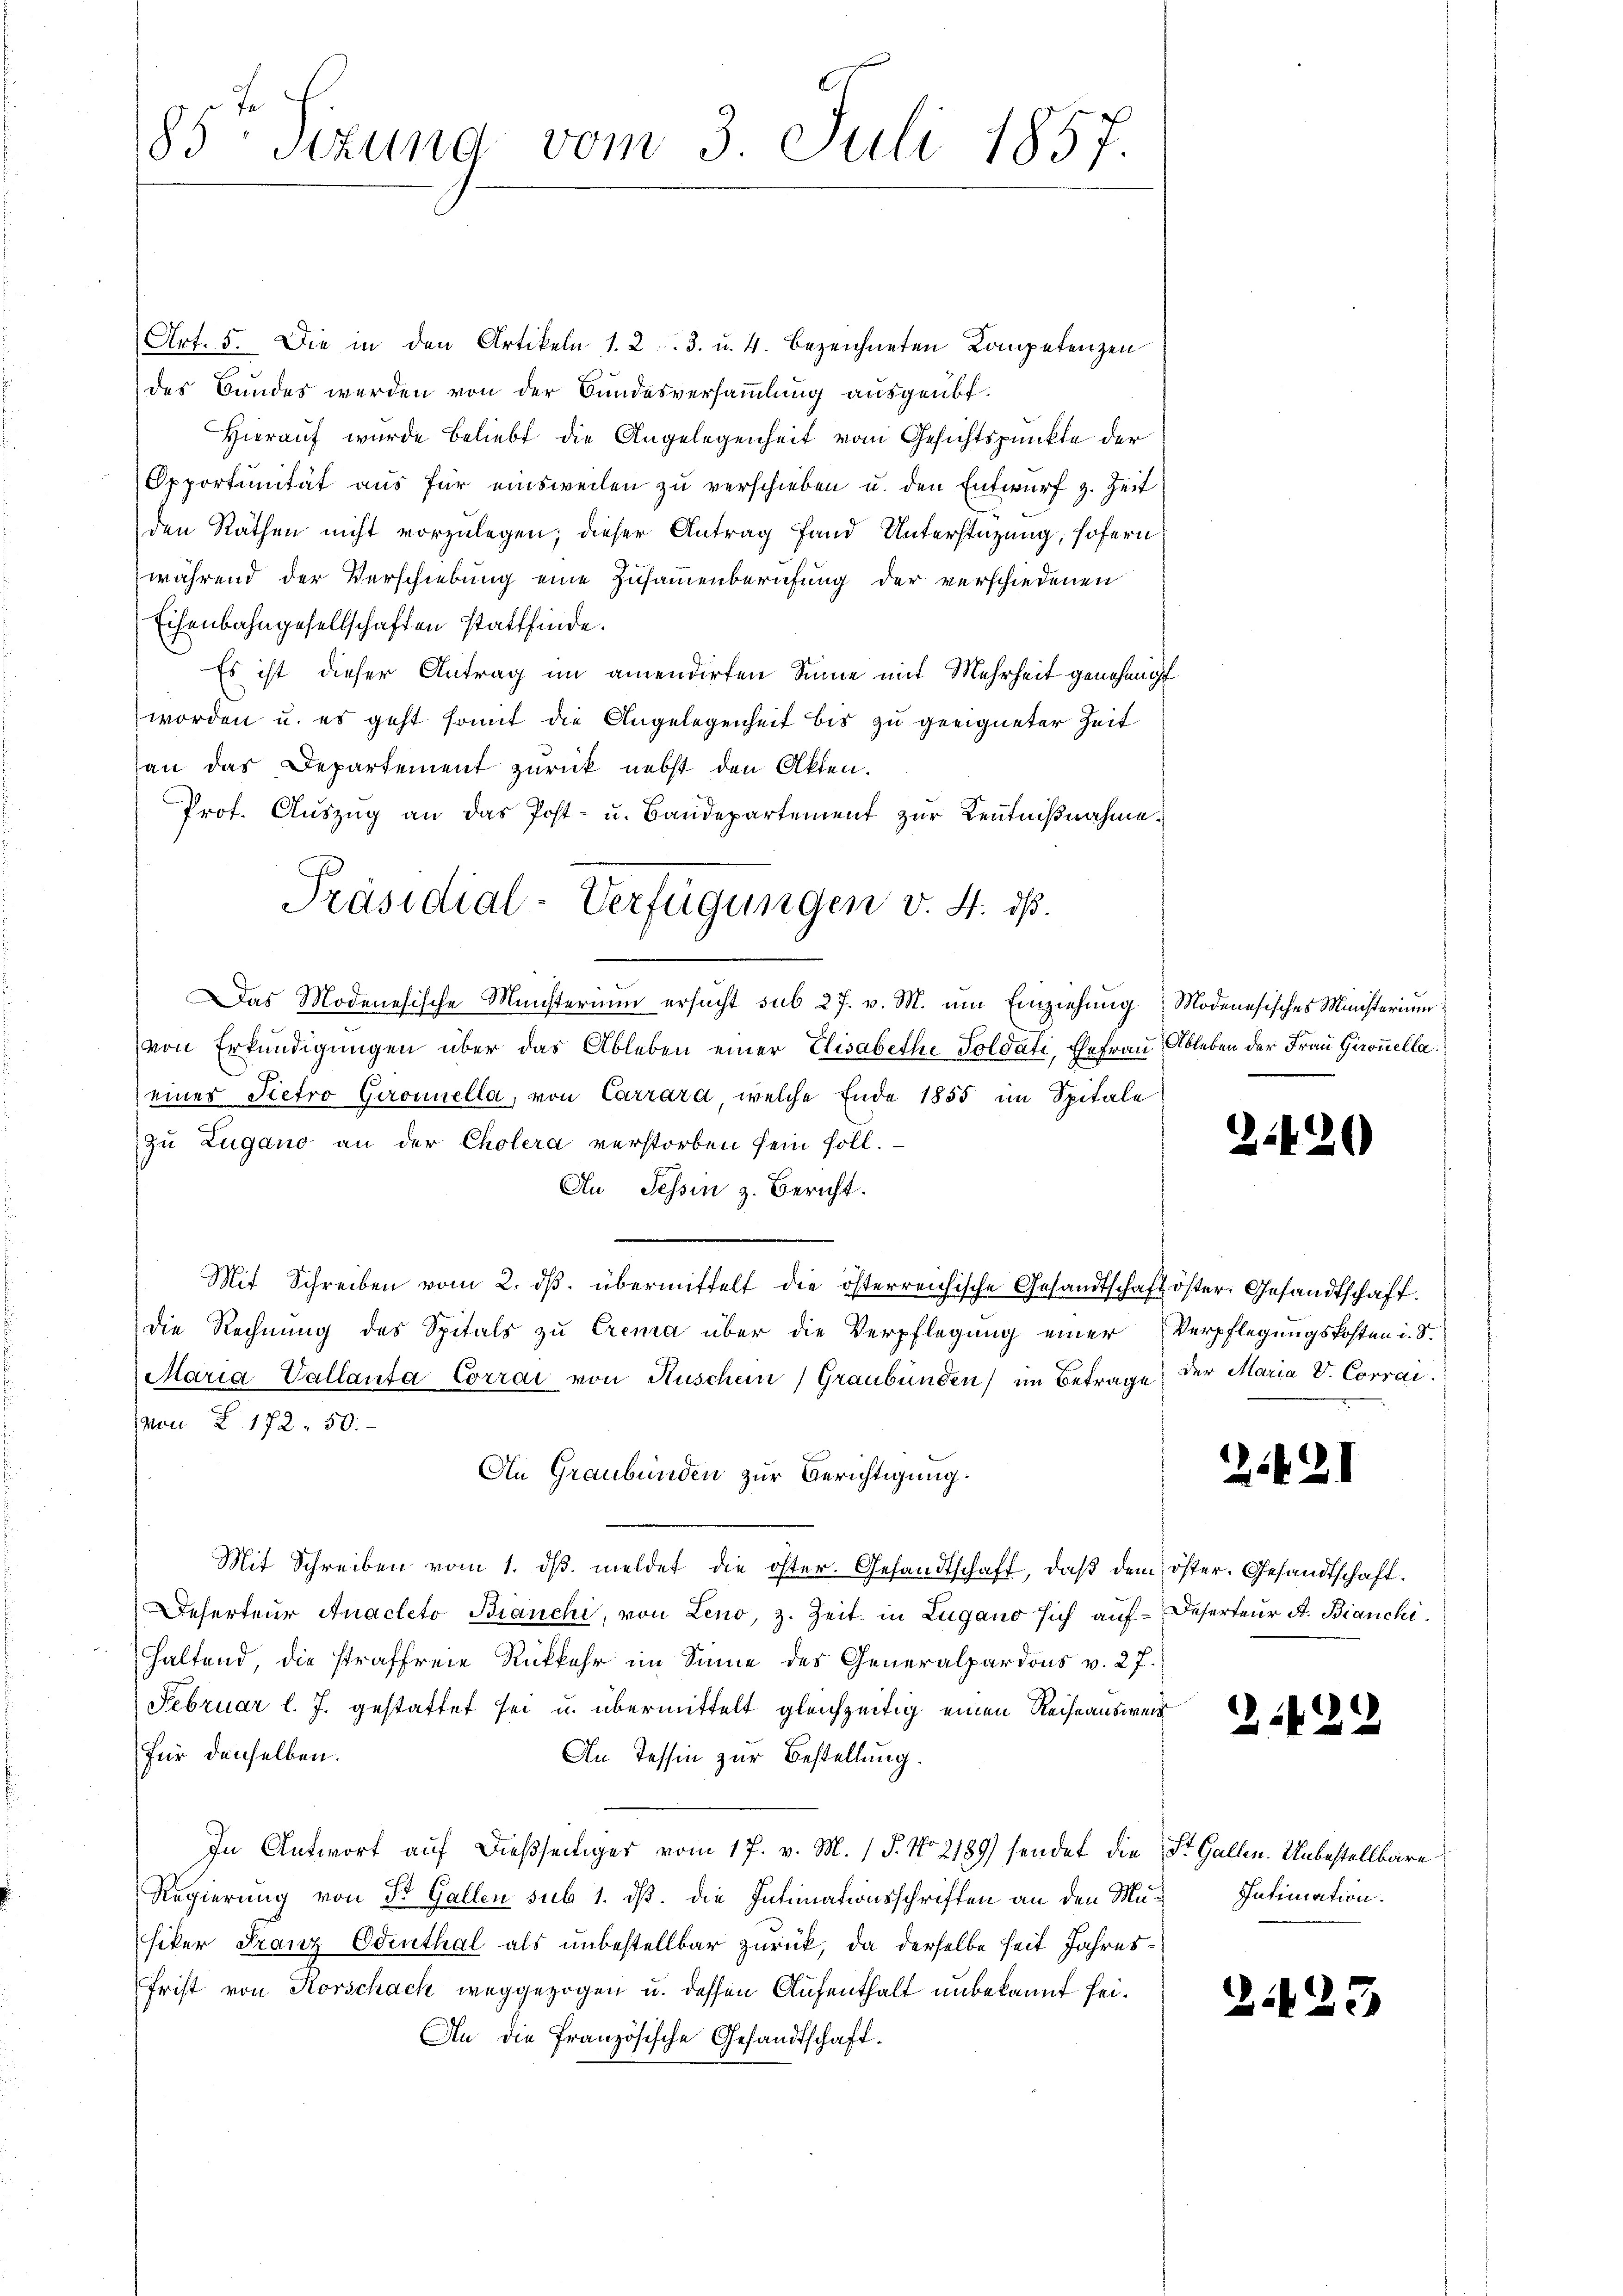
85 sizung vom 3. Juli 1857.

Art. 5. Die in den Artikeln 1. 2. 3. u. 4. bezeichneten Kompetenzen
des Bundes werden von der Bundesversammlung ausgeübt.
Hierauf wurde beliebt die Angelegenheit vom Gesichtspunkte der
Opportŭnität aus für einsweilen zu verschieben u. den Entwurf z. Zeit
den Räthen nicht vorzulegen; dieser Antrag fand Unterstützung, sofern
während der Verschiebung eine Zusammenberufung der verschiedenen
Eisenbahngesellschaften stattfinde.
Es ist dieser Antrag im amendirten Sinne mit Mehrheit genehmigt
worden u. es geht somit die Angelegenheit bis zu geeigneter Zeit
an das Departement zurück nebst den Akten.
Prot. Auszug an das Post- u. Baudepartement zur Kenntnißnahme.
Das Modenesische Münsterium ersucht sub 27. v. M. um Einziehŭng Modenesisches Ministerium
von Erkundigungen über das Ableben einer Elisabethe Soldati, Ehefrau Ableben der Frau Gironella.
eines Pietro Gironnella, von Carrara, welche Ende 1855 im Spitale
zu Zugano an der Cholera verstorben sein soll.
Au Tessin z. Bericht.
Mit Schreiben vom 2. dβ. übermittelt die österreichische Gesandtschaft öster. Gesandtschaft.
die Rechnung des Spitals zu Crema über die Verpflegung einer Verpflegungskosten i. S.
Maria Vallanta Corrai von Ruschein) Graubünden) im Betrage der Maria V. Corrai
von § 172. 50.
An Graubünden zur Berichtigung.
Mit Schreiben vom 1. dβ meldet die öfter. Gesandtschaft, daβ dem öster. Gesandtschaft.
Deserteur Anacleto Branchi, von Leno, z. Zeit in Lugano sich auf Deserteur St. Bianchi
haltend, die straffreie Rückkehr im Sinne des Generalpardons v. 27.
Februar l. J. gestattet sei u. übermittelt gleichzeitig einen Reiseauswei
für denselben.
An Tessin zur Bestellung.
In Antwort auf dießseitiger vom 17. v. M. (T. No 2189) sendet die St. Gallen. Unbestellbare
Regierung von St. Gallen sub 1. ds. die Intimationsschriften an den Mu¬ Intimation.
siker Franz Edenthal als unbestellbar zurück, da derselbe seit Jahres¬
Frist von Korschach weggezogen u. dessen Aufenthalt unbekannt sei¬
An die französische Gesandtschaft.

Präsidial-Verfügungen v. 4. ds.

2

420

2.421

2429

Z.127